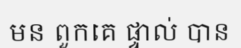
មន ពួកគេ ផ្ទាល់ បាន